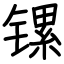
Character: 镙